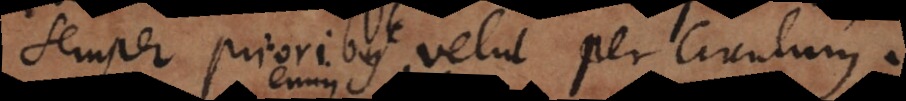
semper prioribus velut per circulum.